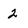
Character: 2